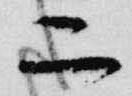
二